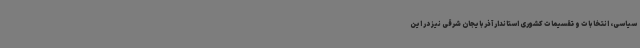
سیاسی، انتخابات و تقسیمات کشوری استاندار آذربایجان شرقی نیز در این